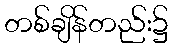
တစ်ချိန်တည်း၌